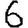
Digit: 6